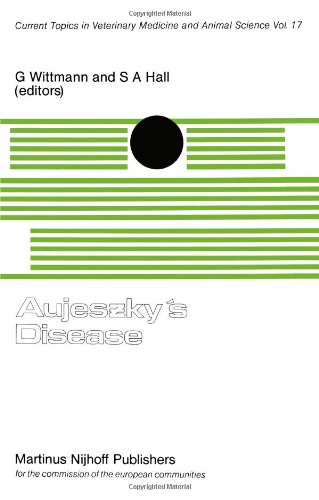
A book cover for Aujeszky's Disease (Current Topics in Veterinary Medicine) (Volume 17); Medical Books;